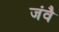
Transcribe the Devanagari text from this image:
जंवै